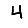
Digit: 4